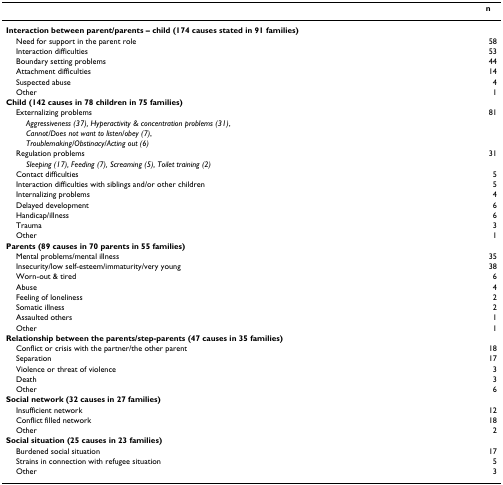
|  | n |
 | --- | --- |
 | Interaction between parent/parents – child (174 causes stated in 91 families) |  |
 | Need for support in the parent role | 58 |
 | Interaction difficulties | 53 |
 | Boundary setting problems | 44 |
 | Attachment difficulties | 14 |
 | Suspected abuse | 4 |
 | Other | 1 |
 | Child (142 causes in 78 children in 75 families) |  |
 | Externalizing problems | 81 |
 | Aggressiveness (37), Hyperactivity & concentration problems (31), |  |
 | Cannot/Does not want to listen/obey (7), |  |
 | Troublemaking/Obstinacy/Acting out (6) |  |
 | Regulation problems | 31 |
 | Sleeping (17), Feeding (7), Screaming (5), Toilet training (2) |  |
 | Contact difficulties | 5 |
 | Interaction difficulties with siblings and/or other children | 5 |
 | Internalizing problems | 4 |
 | Delayed development | 6 |
 | Handicap/illness | 6 |
 | Trauma | 3 |
 | Other | 1 |
 | Parents (89 causes in 70 parents in 55 families) |  |
 | Mental problems/mental illness | 35 |
 | Insecurity/low self-esteem/immaturity/very young | 38 |
 | Worn-out & tired | 6 |
 | Abuse | 4 |
 | Feeling of loneliness | 2 |
 | Somatic illness | 2 |
 | Assaulted others | 1 |
 | Other | 1 |
 | Relationship between the parents/step-parents (47 causes in 35 families) |  |
 | Conflict or crisis with the partner/the other parent | 18 |
 | Separation | 17 |
 | Violence or threat of violence | 3 |
 | Death | 3 |
 | Other | 6 |
 | Social network (32 causes in 27 families) |  |
 | Insufficient network | 12 |
 | Conflict filled network | 18 |
 | Other | 2 |
 | Social situation (25 causes in 23 families) |  |
 | Burdened social situation | 17 |
 | Strains in connection with refugee situation | 5 |
 | Other | 3 |